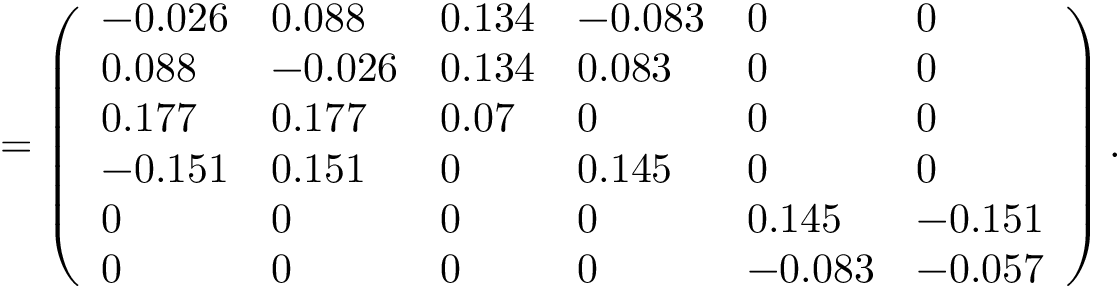
= \left( \begin{array} { l l l l l l } { - 0 . 0 2 6 } & { 0 . 0 8 8 } & { 0 . 1 3 4 } & { - 0 . 0 8 3 } & { 0 } & { 0 } \\ { 0 . 0 8 8 } & { - 0 . 0 2 6 } & { 0 . 1 3 4 } & { 0 . 0 8 3 } & { 0 } & { 0 } \\ { 0 . 1 7 7 } & { 0 . 1 7 7 } & { 0 . 0 7 } & { 0 } & { 0 } & { 0 } \\ { - 0 . 1 5 1 } & { 0 . 1 5 1 } & { 0 } & { 0 . 1 4 5 } & { 0 } & { 0 } \\ { 0 } & { 0 } & { 0 } & { 0 } & { 0 . 1 4 5 } & { - 0 . 1 5 1 } \\ { 0 } & { 0 } & { 0 } & { 0 } & { - 0 . 0 8 3 } & { - 0 . 0 5 7 } \end{array} \right) .